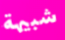
شبيهة